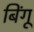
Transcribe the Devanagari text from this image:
बिंगू